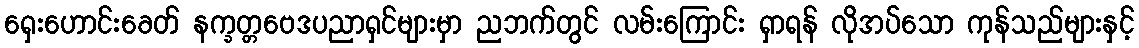
ရှေးဟောင်းခေတ် နက္ခတ္တဗေဒပညာရှင်များမှာ ညဘက်တွင် လမ်းကြောင်း ရှာရန် လိုအပ်သော ကုန်သည်များနှင့်